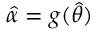
{ \hat { \alpha } } = g ( { \hat { \theta } } )